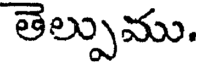
తెల్పుము.